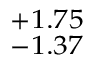
^ { + 1 . 7 5 } _ { - 1 . 3 7 }